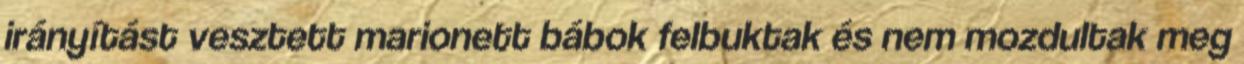
irányítást vesztett marionett bábok felbuktak és nem mozdultak meg